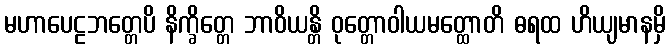
မဟာပေဠဘတ္တေပိ နိက္ခိတ္တေ ဘာဝိယန္တိ ဝုတ္တောဝါယမတ္ထောတိ ဓရထ ဟိယျမာနမှိ